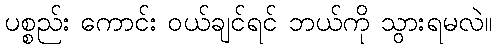
ပစ္စည်း ကောင်း ဝယ်ချင်ရင် ဘယ်ကို သွားရမလဲ။